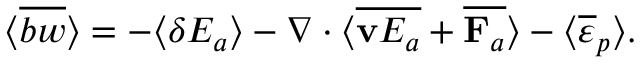
\langle \overline { { b w } } \rangle = - \langle \delta E _ { a } \rangle - \nabla \cdot \langle \overline { { { \bf v } E _ { a } } } + \overline { { { \bf F } _ { a } } } \rangle - \langle \overline { { \varepsilon } } _ { p } \rangle .